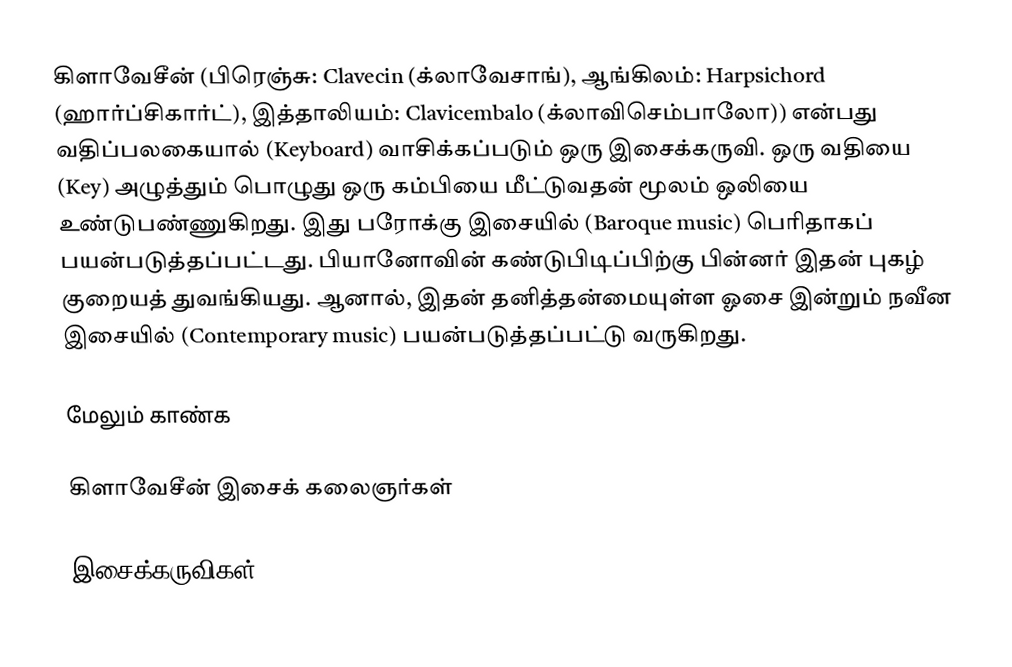
கிளாவேசீன் (பிரெஞ்சு: Clavecin (க்லாவேசாங்), ஆங்கிலம்: Harpsichord (ஹார்ப்சிகார்ட்), இத்தாலியம்: Clavicembalo (க்லாவிசெம்பாலோ)) என்பது வதிப்பலகையால் (Keyboard) வாசிக்கப்படும் ஒரு இசைக்கருவி. ஒரு வதியை (Key) அழுத்தும் பொழுது ஒரு கம்பியை மீட்டுவதன் மூலம் ஒலியை உண்டுபண்ணுகிறது. இது பரோக்கு இசையில் (Baroque music) பெரிதாகப் பயன்படுத்தப்பட்டது. பியானோவின் கண்டுபிடிப்பிற்கு பின்னர் இதன் புகழ் குறையத் துவங்கியது. ஆனால், இதன் தனித்தன்மையுள்ள ஓசை இன்றும் நவீன இசையில் (Contemporary music) பயன்படுத்தப்பட்டு வருகிறது.

மேலும் காண்க

 கிளாவேசீன் இசைக் கலைஞர்கள்

இசைக்கருவிகள்